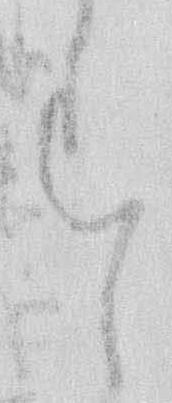
す